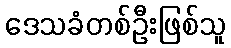
ဒေသခံတစ်ဦးဖြစ်သူ